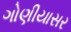
ગોણીયાસર